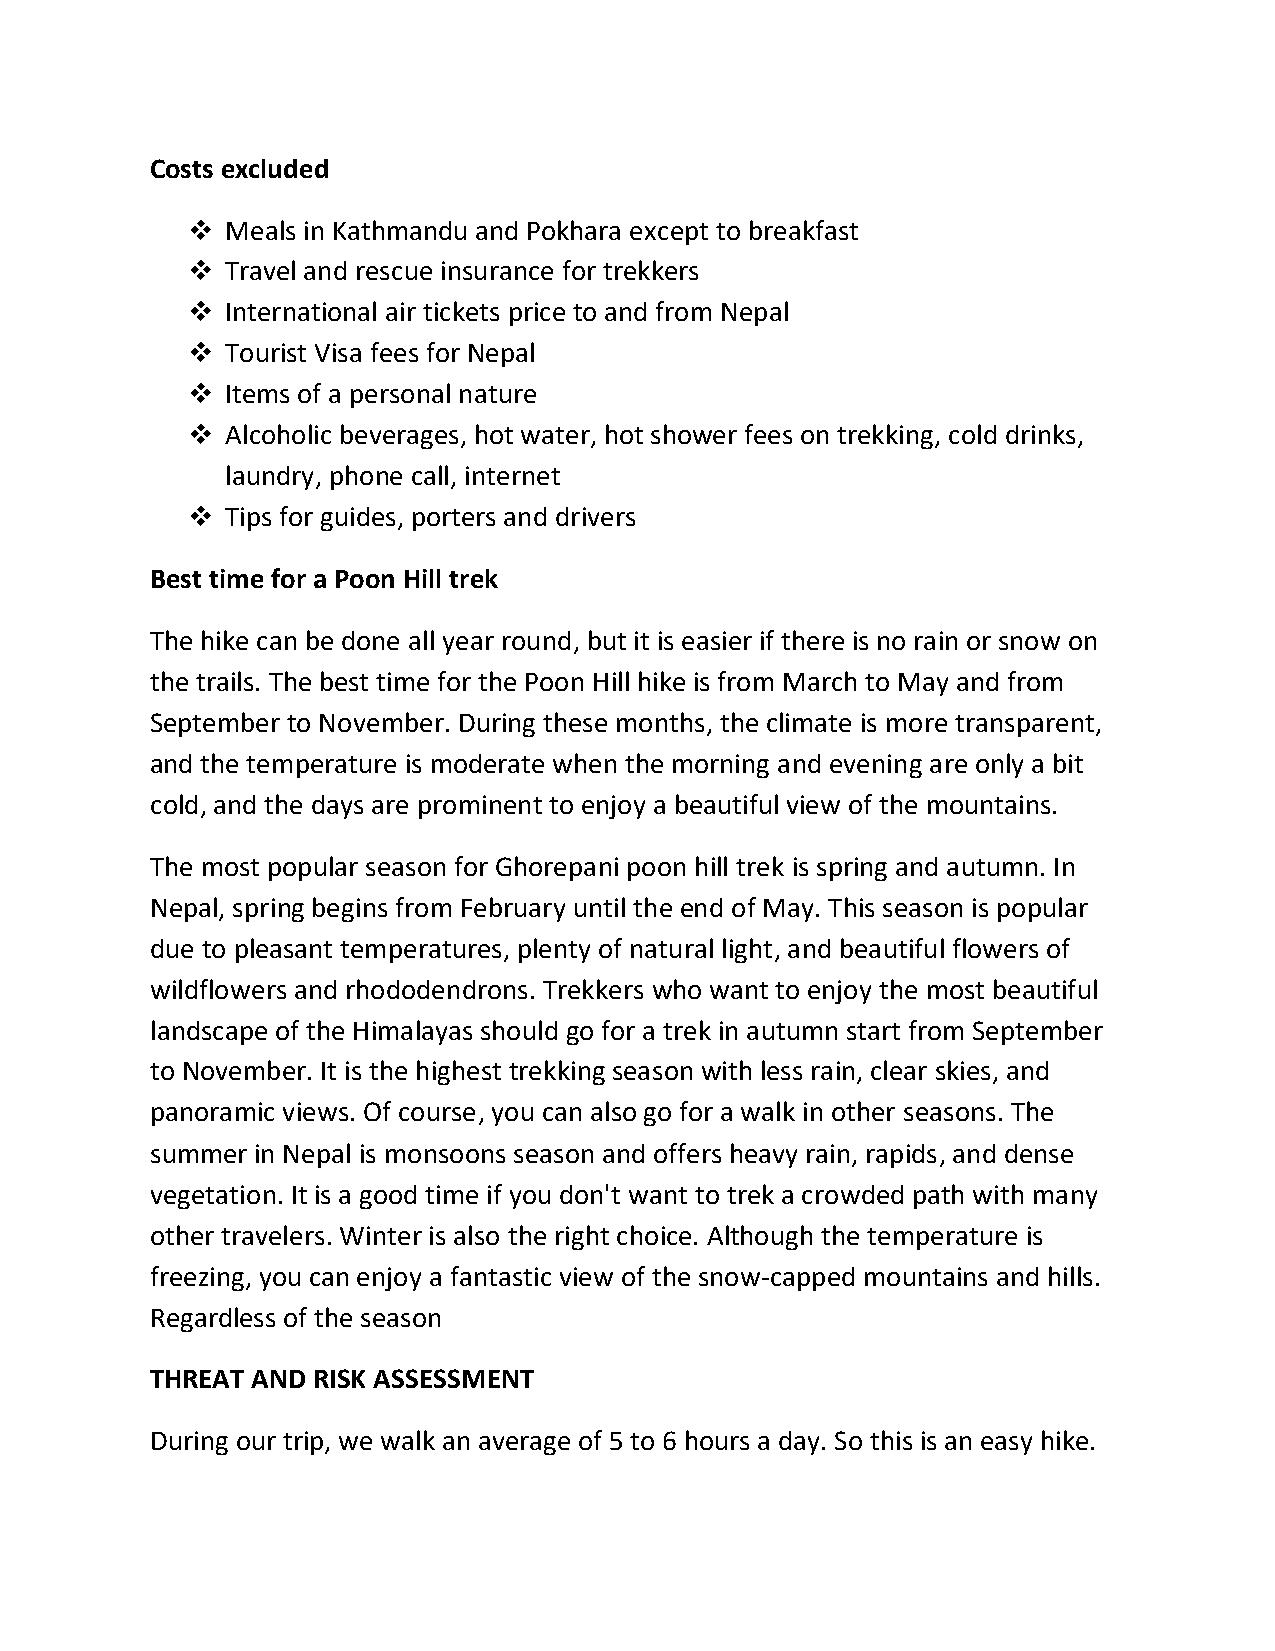
Costs excluded
   Meals in Kathmandu and Pokhara except to breakfast
   Travel and rescue insurance for trekkers
   International air tickets price to and from Nepal
   Tourist Visa fees for Nepal
   Items of a personal nature
   Alcoholic beverages, hot water, hot shower fees on trekking, cold drinks,
 laundry, phone call, internet
   Tips for guides, porters and drivers
 Best time for a Poon Hill trek
 The hike can be done all year round, but it is easier if there is no rain or snow on
 the trails. The best time for the Poon Hill hike is from March to May and from
 September to November. During these months, the climate is more transparent,
 and the temperature is moderate when the morning and evening are only a bit
 cold, and the days are prominent to enjoy a beautiful view of the mountains.
 The most popular season for Ghorepani poon hill trek is spring and autumn. In
 Nepal, spring begins from February until the end of May. This season is popular
 due to pleasant temperatures, plenty of natural light, and beautiful flowers of
 wildflowers and rhododendrons. Trekkers who want to enjoy the most beautiful
 landscape of the Himalayas should go for a trek in autumn start from September
 to November. It is the highest trekking season with less rain, clear skies, and
 panoramic views. Of course, you can also go for a walk in other seasons. The
 summer in Nepal is monsoons season and offers heavy rain, rapids, and dense
 vegetation. It is a good time if you don't want to trek a crowded path with many
 other travelers. Winter is also the right choice. Although the temperature is
 freezing, you can enjoy a fantastic view of the snow-capped mountains and hills.
 Regardless of the season
 THREAT AND RISK ASSESSMENT
 During our trip, we walk an average of 5 to 6 hours a day. So this is an easy hike.